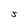
Character: 5